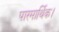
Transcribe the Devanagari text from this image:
पारमार्थिक।